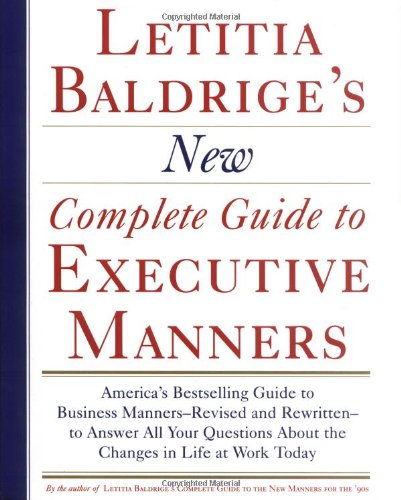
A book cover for Letitia Baldrige's New Complete Guide to Executive Manners; Letitia Baldrige; Business & Money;